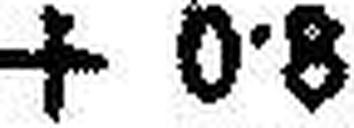
+ 0·8